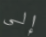
إلى